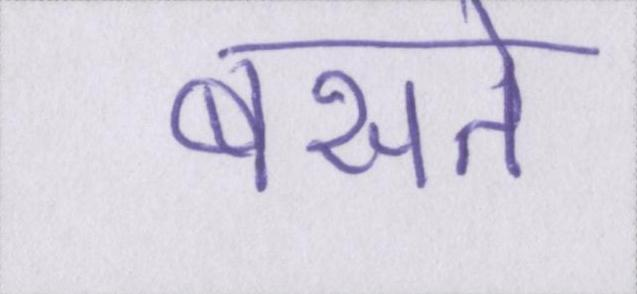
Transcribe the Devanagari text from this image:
बसते